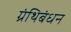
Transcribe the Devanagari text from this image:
ग्रंथिबंधन